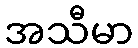
အသီမာ